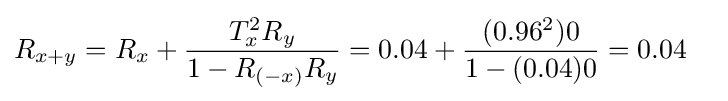
R_{x+y}=R_{x}+{\frac {T_{x}^{2}R_{y}}{1-R_{(-x)}R_{y}}}=0.04+{\frac {(0.96^{2})0}{1-(0.04)0}}=0.04\quad